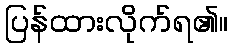
ပြန်ထားလိုက်ရ၏။